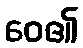
ဝေ၏